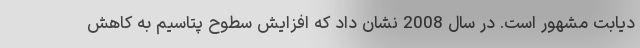
دیابت مشهور است. در سال 2008 نشان داد که افزایش سطوح پتاسیم به کاهش